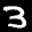
Label: 3